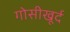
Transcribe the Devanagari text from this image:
गोसीखूर्द